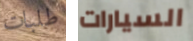
طلبات السيارات